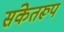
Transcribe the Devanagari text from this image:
संकेतरूप